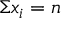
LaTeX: \Sigma x _ { i } = n